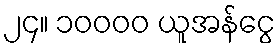
၂၄။ ၁၀၀၀၀ ယူအန်ငွေ